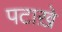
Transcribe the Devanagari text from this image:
पटाख़े